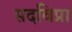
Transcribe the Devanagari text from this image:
सदविप्रा